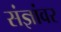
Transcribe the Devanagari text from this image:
संज्ञांवर